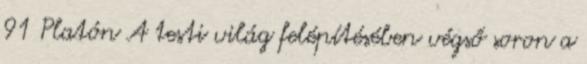
91 Platón A testi világ felépítésében végső soron a